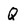
Character: Q